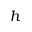
h